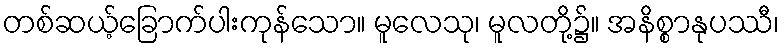
တစ်ဆယ့်ခြောက်ပါးကုန်သော။ မူလေသု၊ မူလတို့၌။ အနိစ္စာနုပဿီ၊